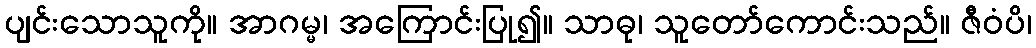
ပျင်းသောသူကို။ အာဂမ္မ၊ အကြောင်းပြု၍။ သာဓု၊ သူတော်ကောင်းသည်။ ဇီဝံပိ၊